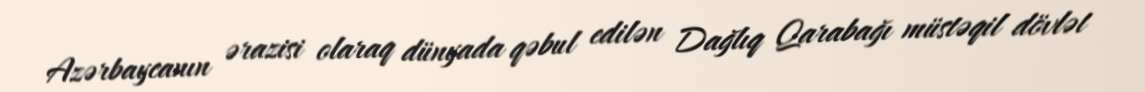
Azərbaycanın ərazisi olaraq dünyada qəbul edilən Dağlıq Qarabağı müstəqil dövlət